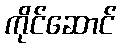
ကိုင်ဆောင်